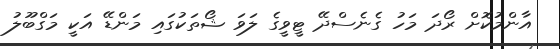
އާންމުކޮށް ރޯދަ މަހު ގެނެސްދޭ ޓީވީގެ ލަވަ ޝޯތަކުގައި މަންޑޭ އަކީ މަގްބޫލު